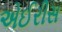
એઈરીસ